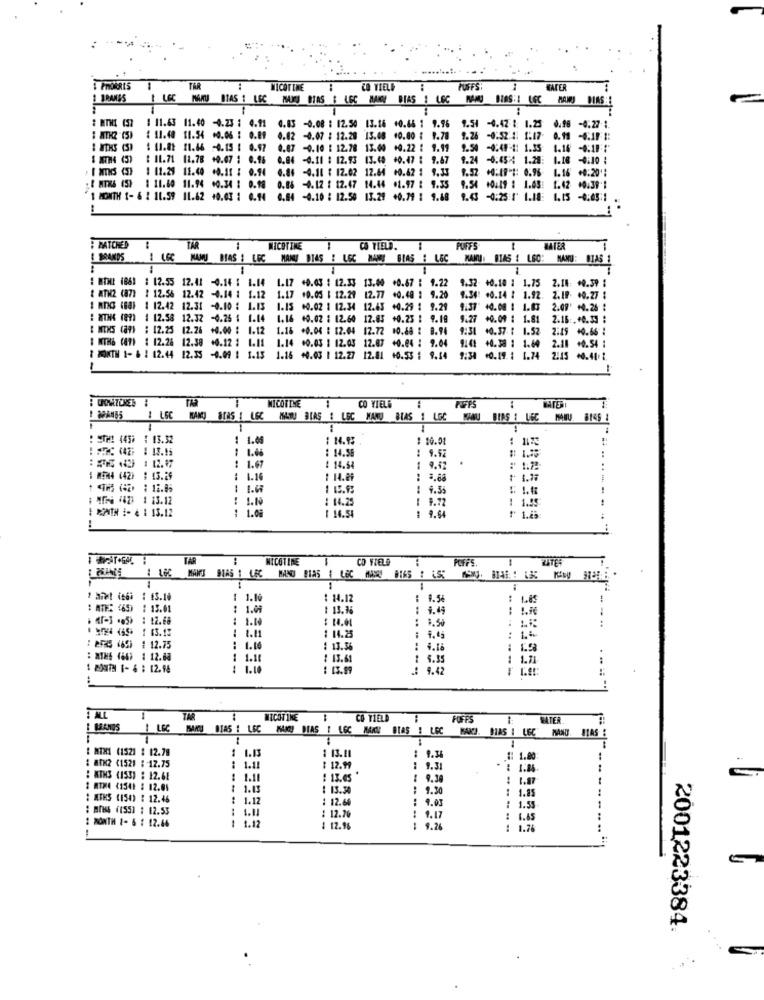
PMORRIS
1
TAR
NICOTINE
CO VIELE
PUFFS
WATER
BIAS : LEC
MAIS BIRS & LEC MAMY
BIAS
LEC
DIAS:4 LEC
DIAS
--
:
1 11.63 11.40 -4.23 : 4.91
0.85 -0.08 : 12.50 13.16 +0.66 : 9.96 9.54 -0.42 : 1.23 0.98 -0.27 1.
$ NTH2 (5)
11.54 +0.06 : 0.89
0.02 -0.07 : 12.28 13.08 40.00 : 1.78
9.26
9.26 -0:52 4: 1:17. 0.19 .1F #:
$ 11.82 11.46 -0.15 : 0.97
0.87 -0.10 : 12.78 13.00 +4.22 : 1.11
9.54
-04-1: 1.35 1.14 :18:
: 11.71 11.78 +0.07 : 0.16
0.84 -0.11 $ 12.93 13.40 +0.47 : 9.67
9.24 -0:454 1.28:
1.18 -0:10 :
. I amS (5) 1 11.29 11.40 +0.11 : 0.94 6.86 -4.11 : 12.02 12.64 60.62 1 9.33
1.52 +0:49 1: 0.96 1.16 +0:20':
: { MIT6 (5) 1 11.60 11.94 +0.34 : 0.10 0.86 -4.12 : 12.47 14.44 .1.97 : 9.35
9.54 10:19 : 1.43:
1.42 +0.39':
1 MONTH 1- & 2 11.59 11.62 40.03 : 0.14 0.84 -0.10 : 12.50 13.29 +0.79 1 9.48
9.43 -0:25:1' 1.18:
1.15 -0:05:1
..
: MATCHED
TAR
NICOTINE
CO VEELD.
PUFFS
T
BRANDS
MAMU BIAS : LEC MAN DIAS ! LEC MANS BIAS : LEC MAMU: BIAS : LSC: MANU: BIAS 1
1
: MOHL 1861 : 12.55 12.41 -0.14 : 1.14
1.17 +0.03 : 12.33 13.00 +0.67 : 1.22 9.32 +0.10 : 1.75 2.14: +0.39 :
+0.03 : 12.33 13.00
+0.10 1 1.75
9432
2.14: +0.39 :
I ATH2 (871 : 12.56 12.42 -0.14 : 1.12 1.17 +0.05 | 12.29 12.77 +0.48 : 9.20
9.20
1.34 +0.14 : 1.92.
2.19. 60.27
I RDC (68) 1 12.42 12.31 -0.10 : 1.13
1.15
00.02 1 12.34 12.43 +0.29 : 9.29
9.37' 40.00 1 1.03 2.09' +4.26 :
: WINK (87) 4 12.58 12.32 -0.25 : 1.14 1.16 40.02 : 12.60 12.85 +0.23 : 9.19
9.27 +0.09 : 1.81
5 :. +0.33 :
: MIKS (89) : 12.25 12.26 +0.00 : 1.12
1.16 +0.04 : 12.04 12.72 10.48 : 8.94 9:31 40.37 : 1.52 2:15 +0.66 :
# MTHS (ATI : 12.26 12.38 +0.12 : 1.11
12.38
1.14 00.03 1 12.03 12.87 +0.04 : 9.04 9:41
+0.38 : 1.80
2.18 +0.54 1
1 MONTH 1- & ! 12.44 12.33 -0.09 : 1.13 1.16 +0.03 | 12.27 12.81 +0.53 : 9.44 9:34 +0.19 : 1.74 2:15 +0.41.1.
NICOTINE
CO VIELE
1 LSC
Bras I LSC
MAWU BIAS & LEC MANU BIAS ! LGC MAAU BERS : UEC MAMU 8149
: Sto! 445% : 13.32
1 1.00
: 10.01
: 17℃
1
1.66
: 14.56
: 9.92
1.67
: 14.54
1
9.42
1.22
1 #24 (42) : 13.29
1.16
: 14.29
: 3.88
1 4.75
-
4.55
: 41- 42 1 13.12
: 14.25
1 9.72
1 1.45
: X2NIN :- * 1 13.12
1.09
1 14.54
1 9.64
TAR
NICOTINE
CO FIELD
POFFS.
MANJ DIAS 1 L&C
1 1.10
: 14.12
9.54
: ATIE: (69) : 15.01
1.01
1 13.36
1.45
..
. Af-3 -5) : 12.68
1.14
:
1.30
..
1.11
: 14.25
: 1%
: ERS 469) : 12.75
1.16
1 13.58
4.18
: 1.58
: * THE 4.6) : 12.88
------
1.10
: 13.61
: 5.35
:27H 1- 4 : 12.N
: 1.10
: 13.99
.: 9.42
TAR
CO VIELD
PUFFS
WATER
BRANDS
ISARU STAS : LEC
MAIS DIAS : LGC MAXW BIAS : LEC
AS I LEC
MAND. BIAS :
: MTX1 (1521 $ 12.78
1
1 13.11
1.13
₩ 1.80
BTK2 <1521 : 12.75
1.11
: 12.99
9.31
KTH3 (1531 : 12.65
1.11
: 13.65
9.38
: 1.87
ATRE (1541 : 12.01
1.15
: 13.30
9.30
1 1.85
: MIKS (ISO) : 12.46
1.12
: 12.60
9.05
: 1.55
: BrISS (15SI : $2.53
1.11
1.12
: 12.70
-----
9.17
: 1.65
MONTH 1- 6 : 12.66
: 12.96
9.2
: 1.76
2001223384.